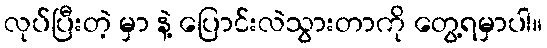
လုပ်ပြီးတဲ့ မှာ နဲ့ ပြောင်းလဲသွားတာကို တွေ့ရမှာပါ။